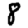
Digit: 8